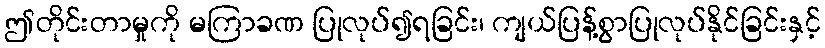
ဤတိုင်းတာမှုကို မကြာခဏ ပြုလုပ်၍ရခြင်း၊ ကျယ်ပြန့်စွာပြုလုပ်နိုင်ခြင်းနှင့်